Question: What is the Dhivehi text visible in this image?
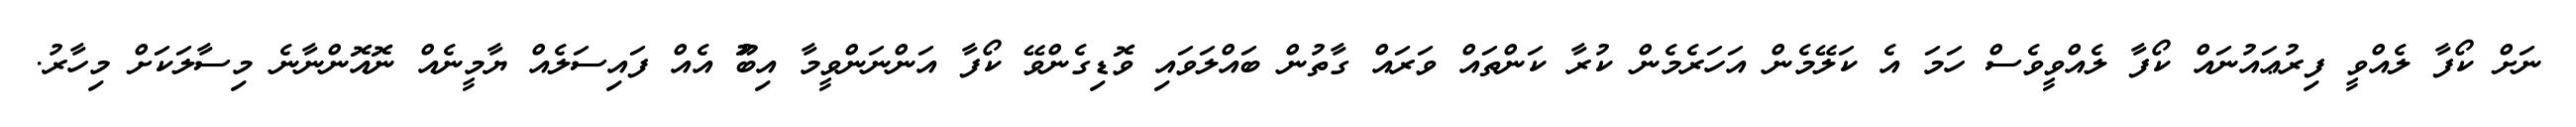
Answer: ނަށް ކޯފާ ލެއްވީ ފިރުޢައުނައް ކޯފާ ލެއްވީވެސް ހަމަ އެ ކަލޭމެން އަހަރެމެން ކުރާ ކަންތައް ވަރައް ގާތުން ބައްލަވައި ވޮޑިގެންވޭ ކޯފާ އަންނަންވީމާ އިބޫު އެއް ފައިސަލެއް ޔާމީނެއް ނޮއޮންނާނެ މިސާލަކަށް މިހާރު.